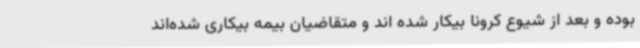
بوده و بعد از شیوع کرونا بیکار شده اند و متقاضیان بیمه بیکاری شده‌اند